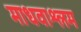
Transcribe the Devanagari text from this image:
माधवाश्लम